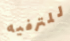
للترفيه